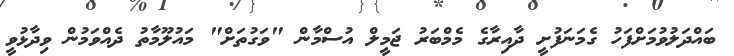
ބައްދަލުވުމަށްފަހު ގެމަނަފުށީ ދާއިރާގެ މެމްބަރު ޖަމީލް އުސްމާން "ވަގުތަށް" މައުލޫމާތު ދެއްވަމުން ވިދާޅުވީ